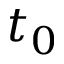
t _ { 0 }